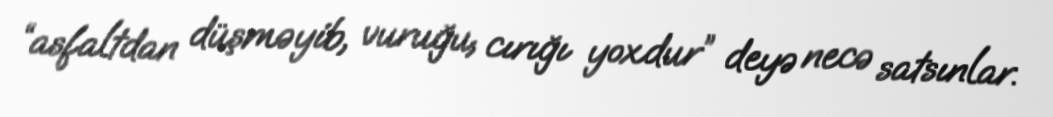
“asfaltdan düşməyib, vuruğu, cırığı yoxdur” deyə necə satsınlar.